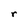
Character: r